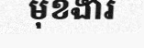
មុខងារ